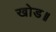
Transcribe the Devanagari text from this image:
खोड॥